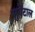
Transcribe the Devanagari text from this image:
सुगेंटाल